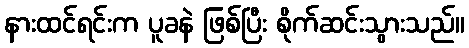
နားထင်ရင်းက ပူခနဲ ဖြစ်ပြီး စိုက်ဆင်းသွားသည်။